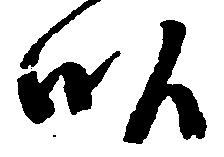
畝